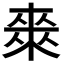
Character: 𭫈